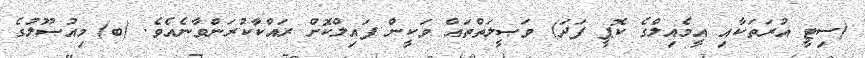
(ސިޓީ އުރަތަކާއި އީމެއިލްގެ ކޮޕީ ފަދަ) ވަޞީލަތްތައް ވަކީން ފައިލްކޮށް ރައްކާކުރަންވާނެއެވެ. (ބ)	މިއުޞޫލުގެ